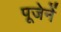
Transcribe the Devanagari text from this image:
पूजेनें